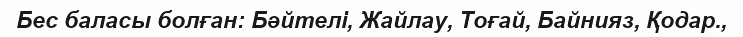
Бес баласы болған: Бәйтелі, Жайлау, Тоғай, Байнияз, Қодар.,